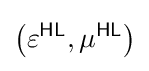
\left(\varepsilon ^{\textsf {HL}},\mu ^{\textsf {HL}}\right)